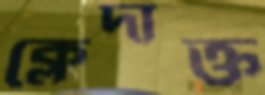
ক্লেদাক্ত